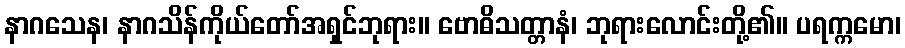
နာဂသေန၊ နာဂသိန်ကိုယ်တော်အရှင်ဘုရား။ ဗောဓိသတ္တာနံ၊ ဘုရားလောင်းတို့၏။ ပရက္ကမော၊